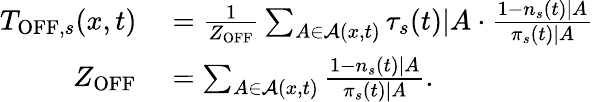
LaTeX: \begin{array}{rl}{T_{\mathrm{OFF},s}(x,t)}&{{}=\frac{1}{Z_{\mathrm{OFF}}}\sum_{A\in\mathcal{A}(x,t)}\tau_{s}(t)|A\cdot\frac{1-n_{s}(t)|A}{\pi_{s}(t)|A}}\\ {Z_{\mathrm{OFF}}}&{{}=\sum_{A\in\mathcal{A}(x,t)}\frac{1-n_{s}(t)|A}{\pi_{s}(t)|A}.}\end{array}